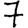
Digit: 7